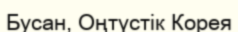
Бусан, Оңтүстік Корея